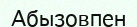
Абызовпен